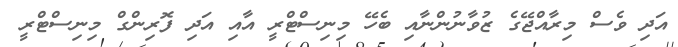
އަދި ވެސް މިރާއްޖޭގެ ޒުވާނުންނާއި ބެހޭ މިނިސްޓްރީ އާއި އަދި ފޮރިންގް މިނިސްޓްރީ